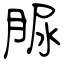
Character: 脲